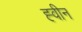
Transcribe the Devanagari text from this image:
ह्वीन